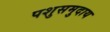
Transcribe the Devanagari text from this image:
पशुसमुदाय